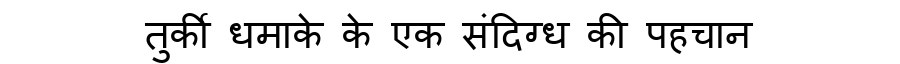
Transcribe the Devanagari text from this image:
तुर्की धमाके के एक संदिग्ध की पहचान